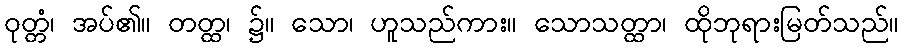
ဝုတ္တံ၊ အပ်၏။ တတ္ထ၊ ၌။ သော၊ ဟူသည်ကား။ သောသတ္ထာ၊ ထိုဘုရားမြတ်သည်။